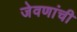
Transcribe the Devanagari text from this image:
जेवणांची